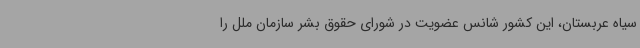
سیاه عربستان، این کشور شانس عضویت در شورای حقوق بشر سازمان ملل را